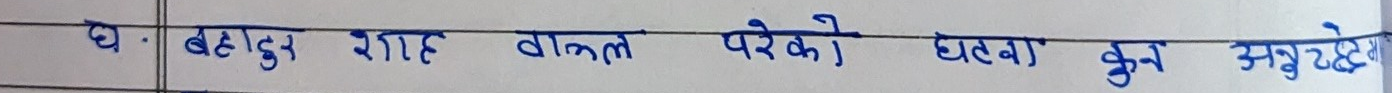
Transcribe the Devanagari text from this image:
घ. बहादुर शाह बाग्ले परेको घट्ना कुन अबुद्धे